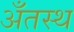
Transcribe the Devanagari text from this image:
अँतस्थ